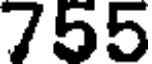
755